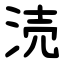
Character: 涜